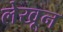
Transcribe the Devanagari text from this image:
लेखून